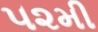
૫૨મી